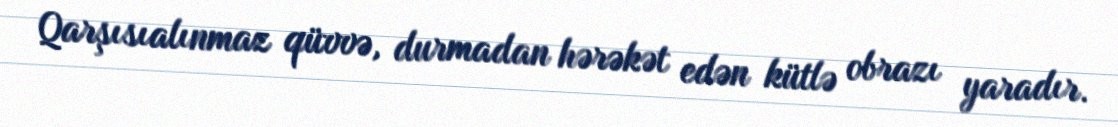
Qarşısıalınmaz qüvvə, durmadan hərəkət edən kütlə obrazı yaradır.